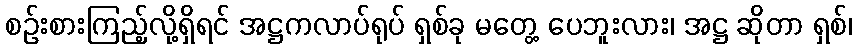
စဉ်းစားကြည့်လို့ရှိရင် အဋ္ဌကလာပ်ရုပ် ရှစ်ခု မတွေ့ ပေဘူးလား၊ အဋ္ဌ ဆိုတာ ရှစ်၊